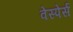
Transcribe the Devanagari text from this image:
वेस्पेर्स